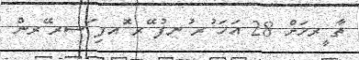
ތާ ީރޚަށް 28 އަހަ ުރ ުނފު ޭރ ޮއފި ަސރ ޭރން